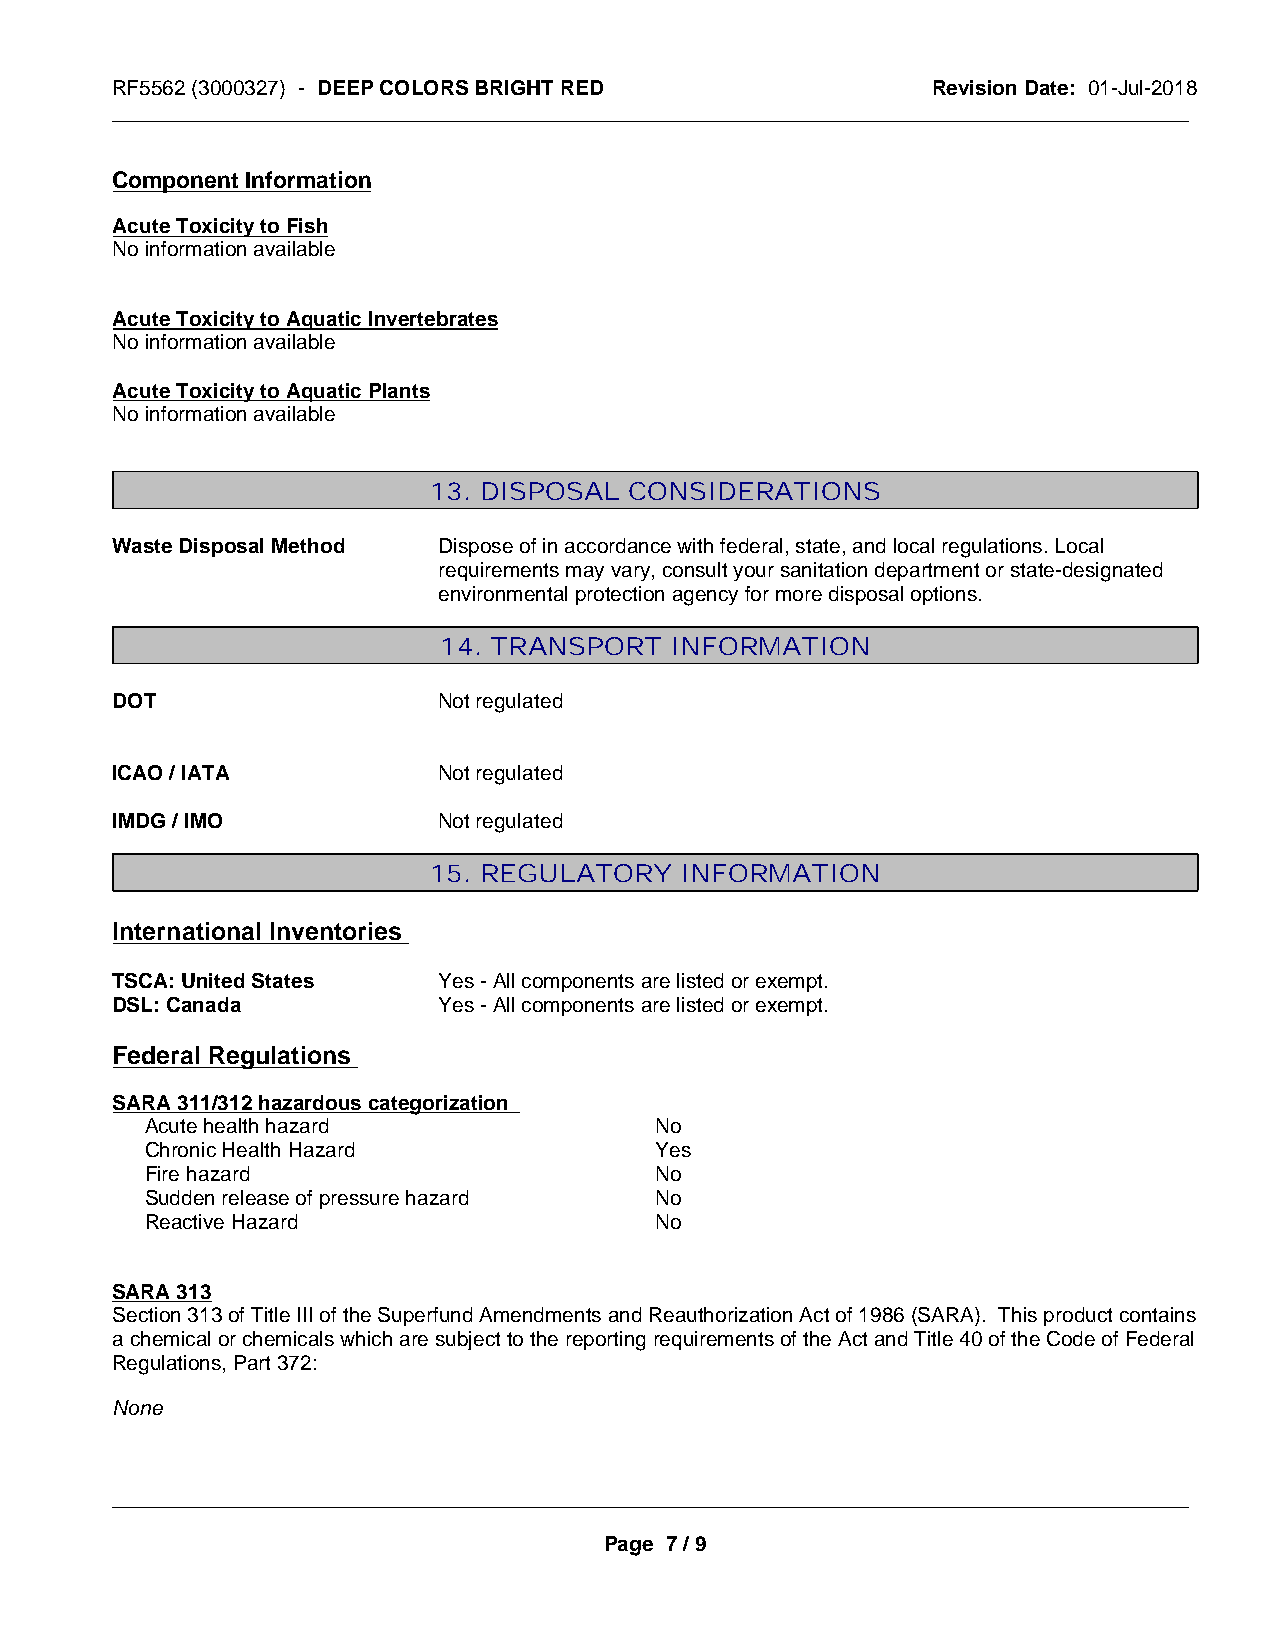
RF5562 (3000327) - DEEP COLORS BRIGHT RED              Revision Date: 01-Jul-2018
 _____________________________________________________________________________________________
 Component Information
 Acute Toxicity to Fish
 No information available
 Acute Toxicity to Aquatic Invertebrates
 No information available
 Acute Toxicity to Aquatic Plants
 No information available
 13. DISPOSAL  CONSIDERATIONS
 Waste Disposal Method Dispose of in accordance with federal, state, and local regulations. Local
 requirements may vary, consult your sanitation department or state-designated
 environmental protection agency for more disposal options.
 14. TRANSPORT  INFORMATION
 DOT                   Not regulated
 ICAO / IATA           Not regulated
 IMDG / IMO            Not regulated
 15. REGULATORY   INFORMATION
 International Inventories
 TSCA: United States   Yes - All components are listed or exempt.
 DSL: Canada           Yes - All components are listed or exempt.
 Federal Regulations
 SARA 311/312 hazardous categorization
 Acute health hazard              No
 Chronic Health Hazard            Yes
 Fire hazard                      No
 Sudden release of pressure hazard No
 Reactive Hazard                  No
 SARA 313
 Section 313 of Title III of the Superfund Amendments and Reauthorization Act of 1986 (SARA). This product contains
 a chemical or chemicals which are subject to the reporting requirements of the Act and Title 40 of the Code of Federal
 Regulations, Part 372:
 None
 _____________________________________________________________________________________________
 Page 7 / 9